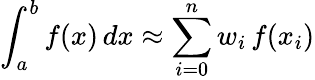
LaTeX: \int_{a}^{b}f(x)\, dx\approx\sum_{i=0}^{n}w_{i}\, f(x_{i})